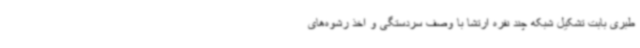
طبری بابت تشکیل شبکه چند نفره ارتشا با وصف سردستگی و اخذ رشوه‌های